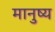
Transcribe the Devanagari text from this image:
मानुष्य